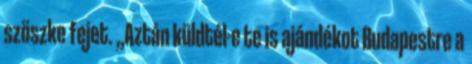
szöszke fejet. ,,Aztán küldtél-e te is ajándékot Budapestre a